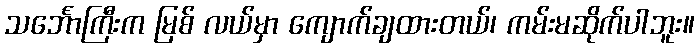
သင်္ဘောကြီးက မြစ် လယ်မှာ ကျောက်ချထားတယ်၊ ကမ်းမဆိုက်ပါဘူး။